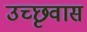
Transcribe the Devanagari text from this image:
उच्छृवास